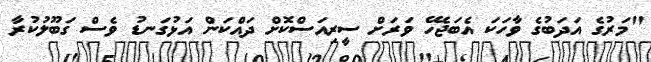
"މަރުގެ އަދަބުގެ ވާހަކަ އެބަޖެހޭ ވަރަށް ސީރިއަސްކޮށް ދައްކަން އަޅުގަނޑު ވެސް ގަބޫލުކުރާ